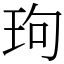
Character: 玽